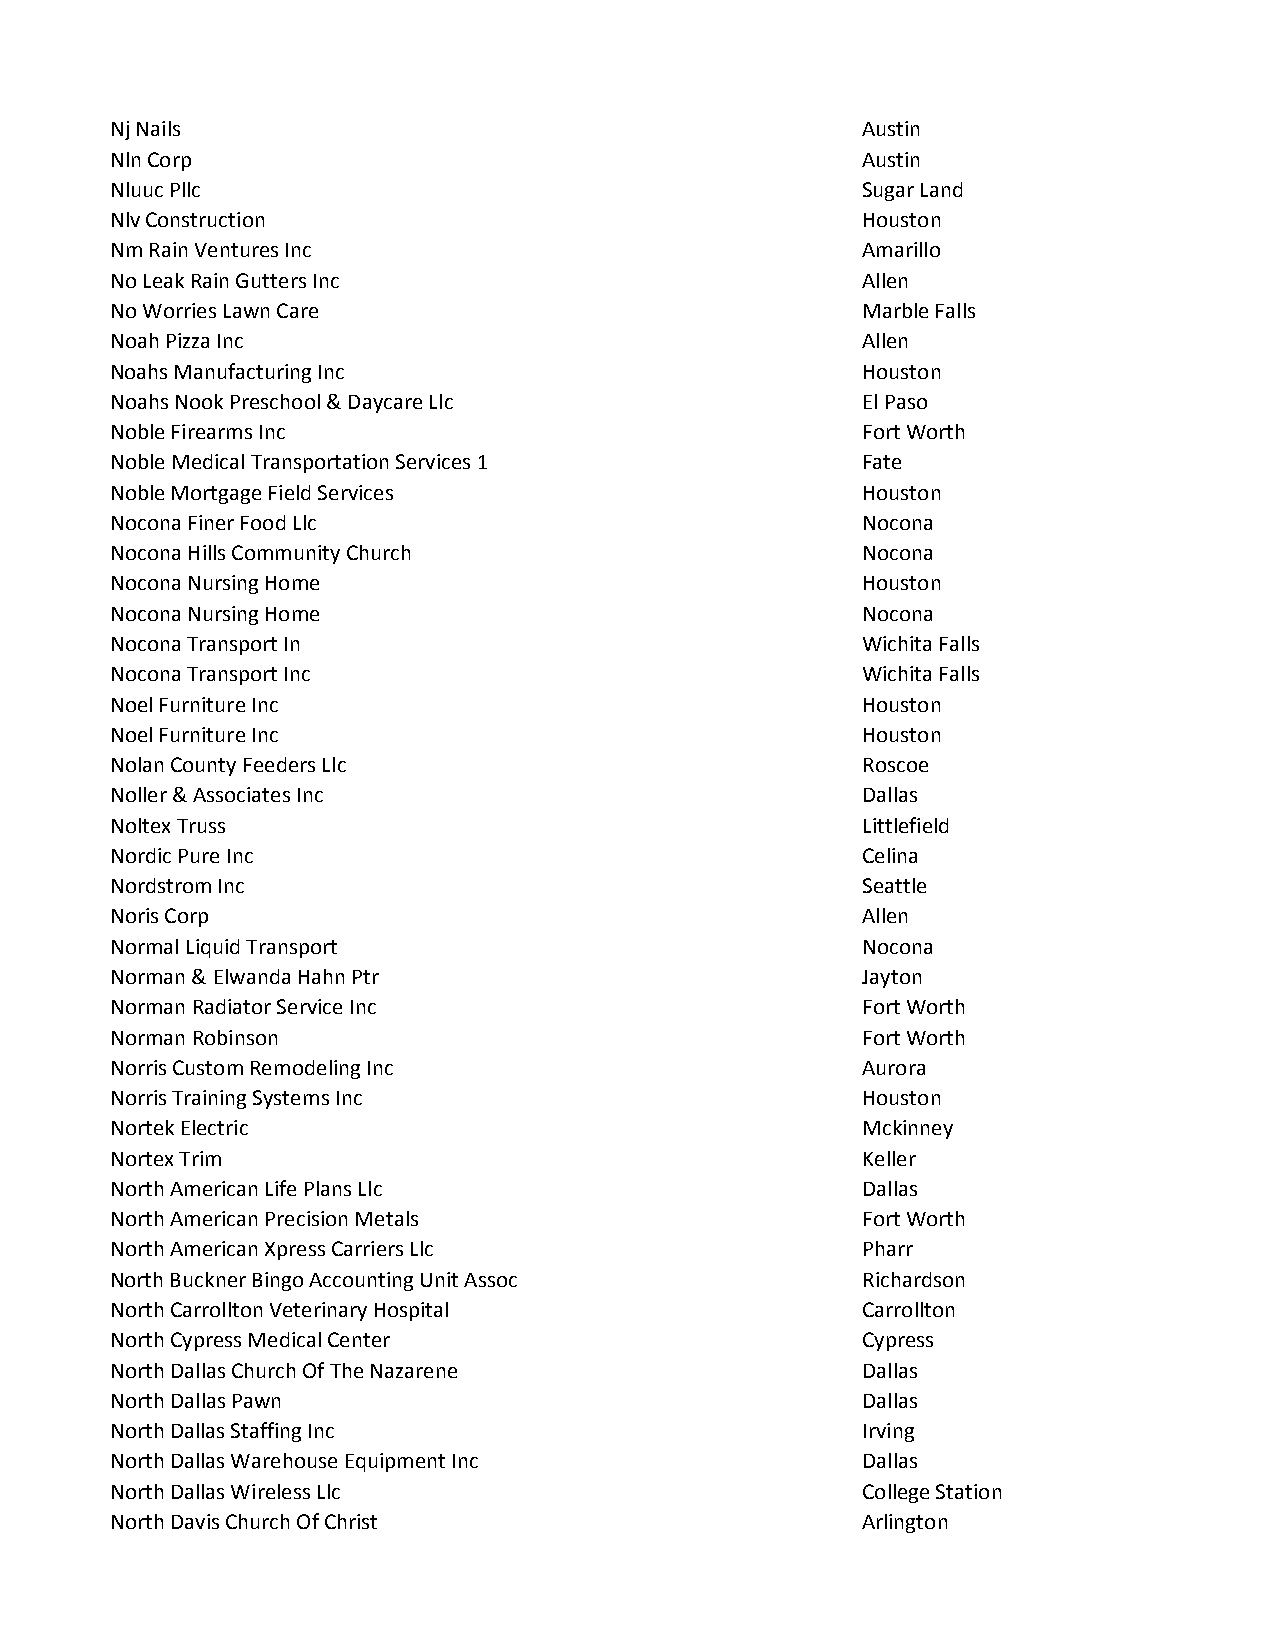
Nj Nails                                          Austin
 Nln Corp                                          Austin
 Nluuc Pllc                                        Sugar Land
 Nlv Construction                                  Houston
 Nm Rain Ventures Inc                              Amarillo
 No Leak Rain Gutters Inc                          Allen
 No Worries Lawn Care                              Marble Falls
 Noah Pizza Inc                                    Allen
 Noahs Manufacturing Inc                           Houston
 Noahs Nook Preschool & Daycare Llc                El Paso
 Noble Firearms Inc                                Fort Worth
 Noble Medical Transportation Services 1           Fate
 Noble Mortgage Field Services                     Houston
 Nocona Finer Food Llc                             Nocona
 Nocona Hills Community Church                     Nocona
 Nocona Nursing Home                               Houston
 Nocona Nursing Home                               Nocona
 Nocona Transport In                               Wichita Falls
 Nocona Transport Inc                              Wichita Falls
 Noel Furniture Inc                                Houston
 Noel Furniture Inc                                Houston
 Nolan County Feeders Llc                          Roscoe
 Noller & Associates Inc                           Dallas
 Noltex Truss                                      Littlefield
 Nordic Pure Inc                                   Celina
 Nordstrom Inc                                     Seattle
 Noris Corp                                        Allen
 Normal Liquid Transport                           Nocona
 Norman & Elwanda Hahn Ptr                         Jayton
 Norman Radiator Service Inc                       Fort Worth
 Norman Robinson                                   Fort Worth
 Norris Custom Remodeling Inc                      Aurora
 Norris Training Systems Inc                       Houston
 Nortek Electric                                   Mckinney
 Nortex Trim                                       Keller
 North American Life Plans Llc                     Dallas
 North American Precision Metals                   Fort Worth
 North American Xpress Carriers Llc                Pharr
 North Buckner Bingo Accounting Unit Assoc         Richardson
 North Carrollton Veterinary Hospital              Carrollton
 North Cypress Medical Center                      Cypress
 North Dallas Church Of The Nazarene               Dallas
 North Dallas Pawn                                 Dallas
 North Dallas Staffing Inc                         Irving
 North Dallas Warehouse Equipment Inc              Dallas
 North Dallas Wireless Llc                         College Station
 North Davis Church Of Christ                      Arlington